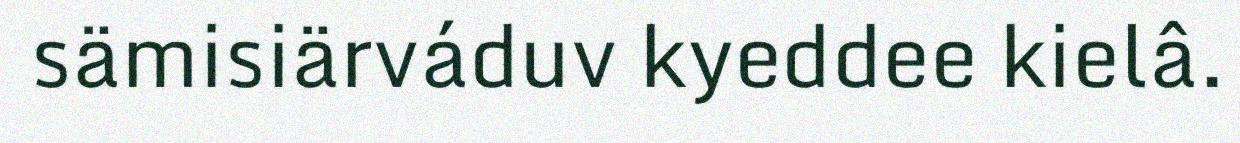
sämisiärváduv kyeddee kielâ.